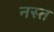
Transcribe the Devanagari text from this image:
नस्त